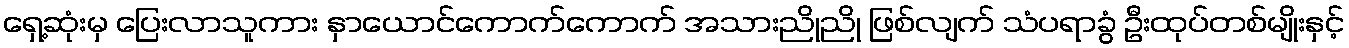
ရှေ့ဆုံးမှ ပြေးလာသူကား နှာယောင်ကောက်ကောက် အသားညိုညို ဖြစ်လျက် သံပရာခွံ ဦးထုပ်တစ်မျိုးနှင့်